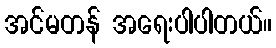
အင်မတန် အရေးပါပါတယ်။